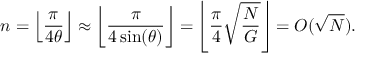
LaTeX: n = \left\lfloor { \frac { \pi } { 4 \theta } } \right\rfloor \approx \left\lfloor { \frac { \pi } { 4 \sin ( \theta ) } } \right\rfloor = \left\lfloor { \frac { \pi } { 4 } } { \sqrt { \frac { N } { G } } } \right\rfloor = O ( { \sqrt { N } } ) .